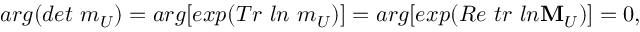
a r g ( d e t \ m _ { U } ) = a r g [ e x p ( T r \ l n \ m _ { U } ) ] = a r g [ e x p ( R e \ t r \ l n { \bf M } _ { U } ) ] = 0 ,